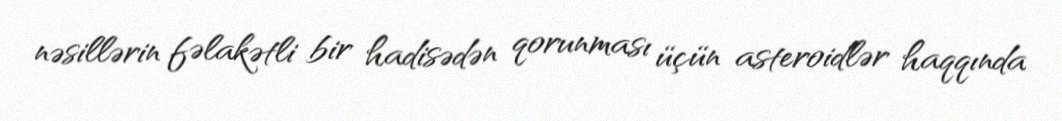
nəsillərin fəlakətli bir hadisədən qorunması üçün asteroidlər haqqında